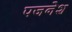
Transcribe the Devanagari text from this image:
पजनेश